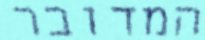
המדובר